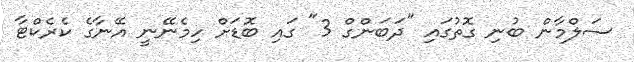
ސަލްމާން ބުނި ގޮތުގައި "ދަބަންގް 3" ގައި ބޮޑަށް ހިމެނޭނީ އޭނާގެ ކެރެކްޓާ